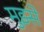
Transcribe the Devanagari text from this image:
मुझ्से